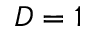
D = 1